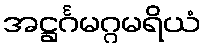
အဋ္ဌင်္ဂမဂ္ဂမရိယံ